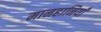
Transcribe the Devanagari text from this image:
मानहानियाँ